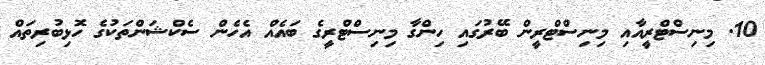
10. މިނިސްޓްރީއާއި މިނިސްޓްރީން ބޭރުގައި ހިންގާ މިނިސްޓްރީގެ ބައެއް އެހެން ސެކްޝަންތަކުގެ ހޮޅިބުރިތައް